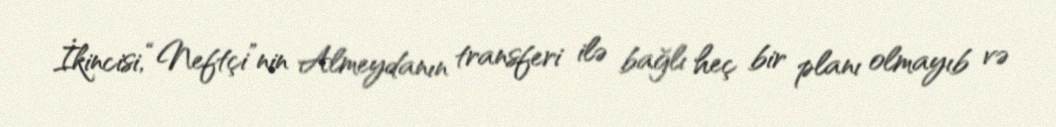
İkincisi, “Neftçi”nin Almeydanın transferi ilə bağlı heç bir planı olmayıb və